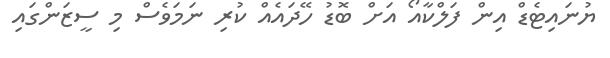
ޔުނައިޓެޑް އިން ފަލްކާއޯ އަށް ބޮޑު ހޭދައެއް ކުރި ނަމަވެސް މި ސީޒަންގައި